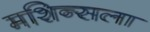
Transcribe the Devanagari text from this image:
मशिन्सला